Reports on dispensaries and lunatic asylums in the Province of Oudh - 1869-1876
Year: 1869
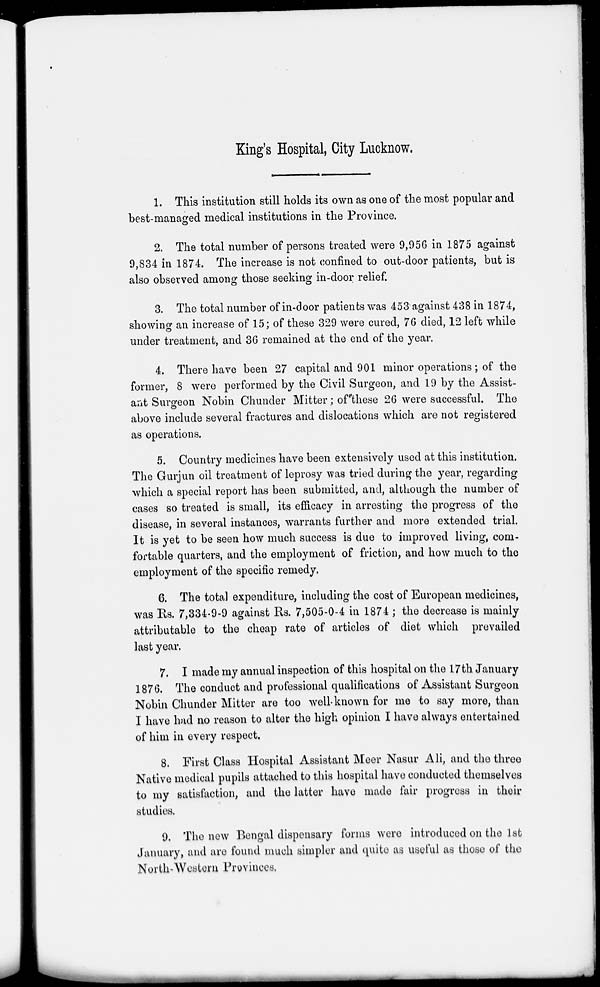
King's Hospital, City Lucknow.
1. This institution still holds its own as one of the most popular and
best-managed medical institutions in the Province.
2. The total number of persons treated were 9,956 in 1875 against
9,834 in 1874. The increase is not confined to out-door patients, but is
also observed among those seeking in-door relief.
3. The total number of in-door patients was 453 against 438 in 1874,
showing an increase of 15; of these 329 were cured, 76 died, 12 left while
under treatment, and 36 remained at the end of the year.
4. There have been 27 capital and 901 minor operations; of the
former, 8 were performed by the Civil Surgeon, and 19 by the Assist-
ant Surgeon Nobin Chunder Mitter; of these 26 were successful. The
above include several fractures and dislocations which are not registered
as operations.
5. Country medicines have been extensively used at this institution.
The Gurjun oil treatment of leprosy was tried during the year, regarding
which a special report has been submitted, and, although the number of
cases so treated is small, its efficacy in arresting the progress of the
disease, in several instances, warrants further and more extended trial.
It is yet to be seen how much success is due to improved living, com-
fortable quarters, and the employment of friction, and how much to the
employment of the specific remedy.
6. The total expenditure, including the cost of European medicines,
was Rs. 7,334-9-9 against Rs. 7,505-0-4 in 1874 ; the decrease is mainly
attributable to the cheap rate of articles of diet which prevailed
last year.
7. I made my annual inspection of this hospital on the 17th January
1876. The conduct and professional qualifications of Assistant Surgeon
Nobin Chunder Mitter are too well-known for me to say more, than
I have had no reason to alter the high opinion I have always entertained
of him in every respect.
8. First Class Hospital Assistant Meer Nasur Ali, and the three
Native medical pupils attached to this hospital have conducted themselves
to my satisfaction, and the latter have made fair progress in their
studies.
9. The new Bengal dispensary forms were introduced on the 1st
January, and are found much simpler and quite as useful as those of the
North-Western Provinces.